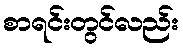
စာရင်းတွင်လည်း